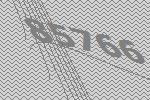
85766